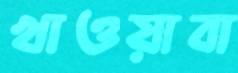
খাওয়াবা